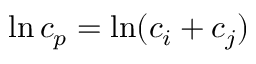
\ln c _ { p } = \ln ( c _ { i } + c _ { j } )